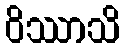
ဝိဿာသိ